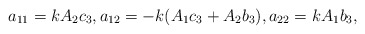
\begin{align*}a_{11} = k A_2c_3,a_{12} = -k(A_1c_3+A_2b_3),a_{22}=k A_1 b_3,\end{align*}